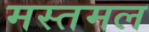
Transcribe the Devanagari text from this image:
मस्तमल